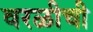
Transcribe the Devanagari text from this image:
वरळीची